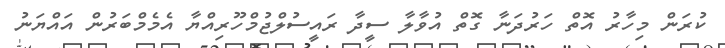
ކުރަން މިހާރު އޮތް ހަރުދަނާ ގޮތް އުވާލާ ސީދާ ރައީސުލްޖުމްހޫރިއްޔާ އެމެމްބަރުން އައްޔަނު